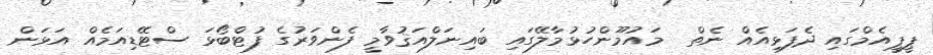
ޕީޕީއެމްގައި ދެފަޅިއެއް ނެތް  މައުމޫންހުޅުމާލޭގައި ބައިނަލްއަޤުވާމީ ފެންވަރުގެ ފުޓްބޯޅަ ސްޓޭޑިއަމެއް އަޅަން